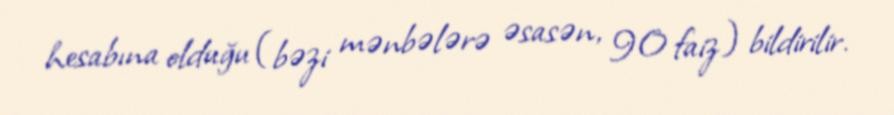
hesabına olduğu (bəzi mənbələrə əsasən, 90 faiz) bildirilir.